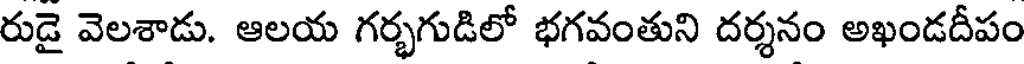
రుడై వెలశాడు. ఆలయ గర్భగుడిలో భగవంతుని దర్శనం అఖండదీపం